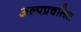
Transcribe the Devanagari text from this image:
अल्पप्रचलित